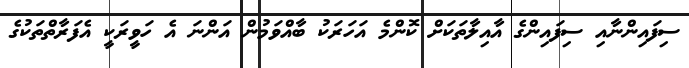
ސިފައިންނާއި ސިފައިންގެ އާއިލާތަކަށް ކޮންމެ އަހަރަކު ބާއްވަމުން އަންނަ އެ ހަވީރަކީ އެފަރާތްތަކުގެ